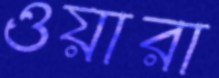
ওয়ারা